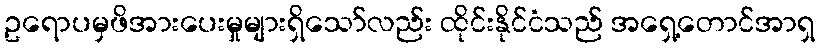
ဥရောပမှဖိအားပေးမှုများရှိသော်လည်း ထိုင်းနိုင်ငံသည် အရှေ့တောင်အာရှ